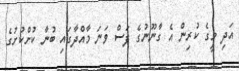
އަދި މީގެ ކުރިން އެ ގާނޫނުގެ ފަސް ވަނަ މާއްދާގައި ބުނާ ކުށްކުށުގެ